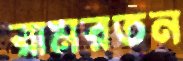
রামরতন